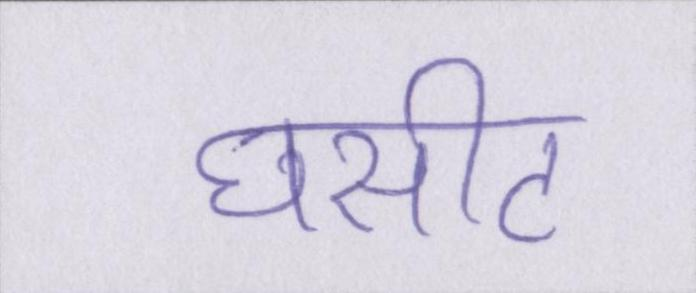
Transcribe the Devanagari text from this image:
घसीट